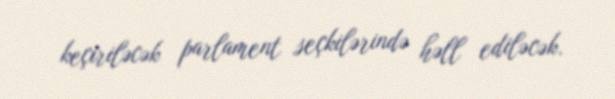
keçiriləcək parlament seçkilərində həll ediləcək.